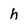
Character: h